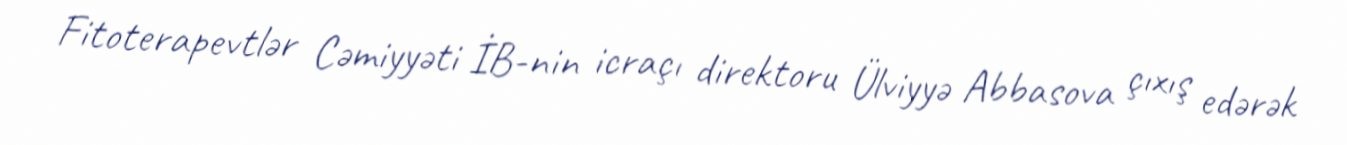
Fitoterapevtlər Cəmiyyəti İB-nin icraçı direktoru Ülviyyə Abbasova çıxış edərək